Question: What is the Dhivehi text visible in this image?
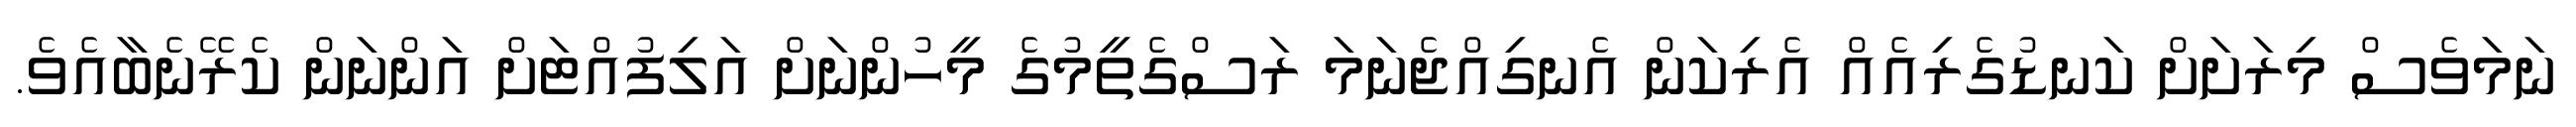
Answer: ނަމަވެސް މިރަށަށް ކަނޑުގެރިއެއް އެރިކަން އެނގިއްޖެނަމަ ރަސްގެތީމުގެ މީހުންނަށް އަލިފުއްޓަށް އަންނަން ކެރޭނެބާއެވެ.